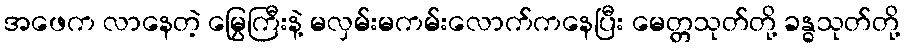
အဖေက လာနေတဲ့ မြွေကြီးနဲ့ မလှမ်းမကမ်းလောက်ကနေပြီး မေတ္တသုတ်တို့ ခန္ဓသုတ်တို့